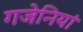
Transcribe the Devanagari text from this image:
गजेनियां